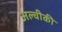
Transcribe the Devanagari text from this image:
अल्चीकी